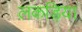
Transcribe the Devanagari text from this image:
लकड़िया